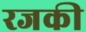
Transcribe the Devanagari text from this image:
रजकी